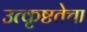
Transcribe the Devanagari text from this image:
उत्कृष्टतेचा